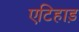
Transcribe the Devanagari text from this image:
एटिहाड़